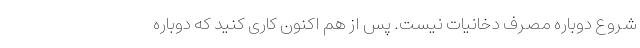
شروع دوباره مصرف دخانیات نیست. پس از هم اکنون کاری کنید که دوباره